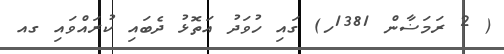
( 2 ރަމަޟާން 1381ހ) ގައި ހުވަދު އަތޮޅު ދެބައި ކުރައްވައި ގއ